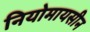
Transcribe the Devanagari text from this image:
नियोमायसीन